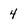
Character: 4